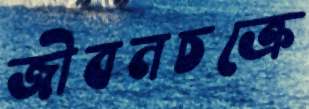
জীবনচক্রে